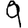
Digit: 9